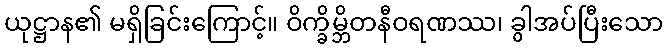
ယုဋ္ဌာန၏ မရှိခြင်းကြောင့်။ ဝိက္ခိမ္ဘိတနီဝရဏဿ၊ ခွါအပ်ပြီးသော